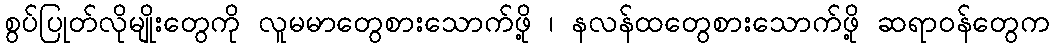
စွပ်ပြုတ်လိုမျိုးတွေကို လူမမာတွေစားသောက်ဖို့ ၊ နလန်ထတွေစားသောက်ဖို့ ဆရာဝန်တွေက